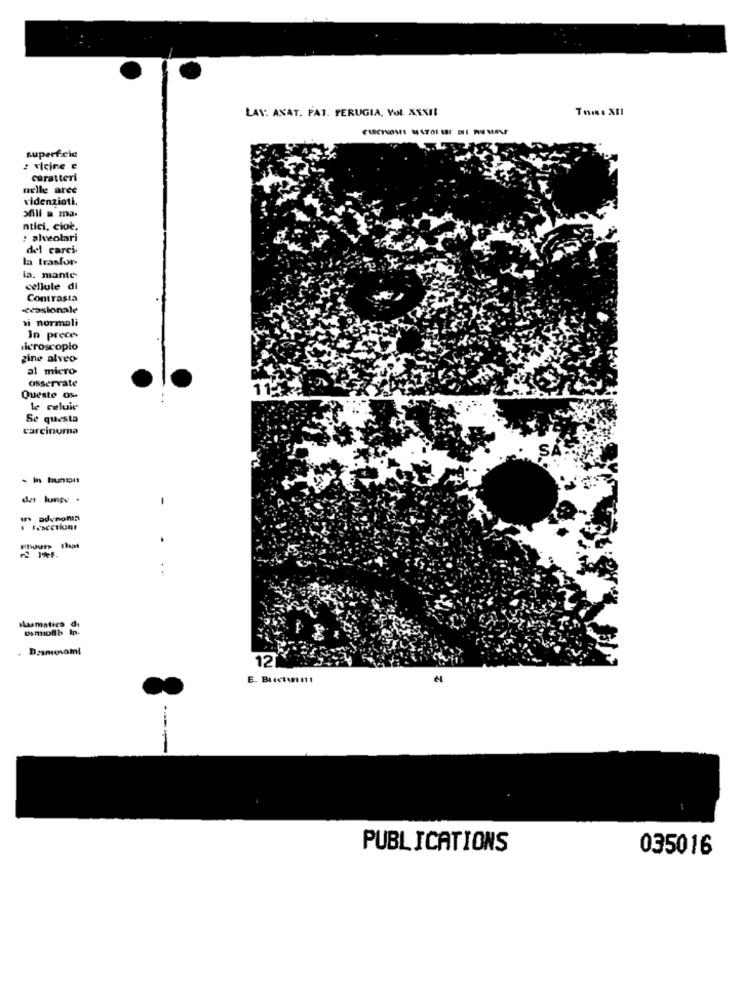
LAV: ANAT. FAI. PERUGIA, YOL XXXII
superf.cic
: vicine e
caratteri
nelle aree
videnzioti,
afili a ma.
ntici, cioc.
: alveolari
del carci.
la trasfor-
la. mante
cellule di
Contrasta
-ecasionale
si normali
In prece
Microscopio
gine alveo
al micro-
osservate
Queste 0%-
le celuie
Se questa
carcinoma
der lunge .
In advnomin
Masmatics di
12
E. Buetti
--
PUBLICATIONS
035016